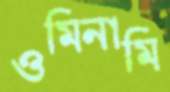
ওমিনামি